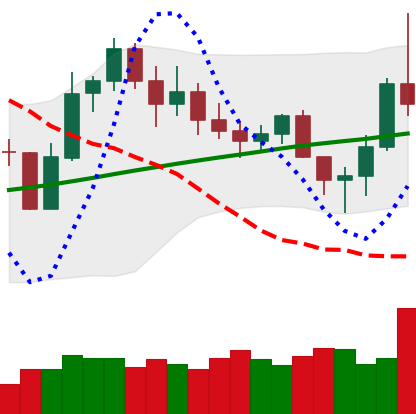
Ticker: LINK-USD
Chart end date: 2020-11-07
Forward return: 5.665%
Label: up_5_7